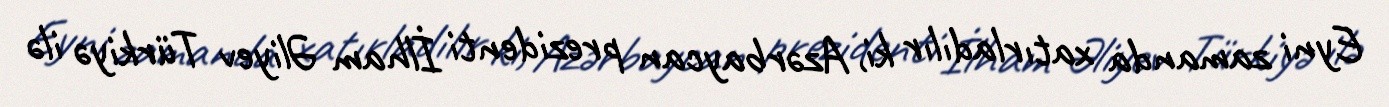
Eyni zamanda xatırladılır ki, Azərbaycan prezidenti İlham Əliyev Türkiyə ilə